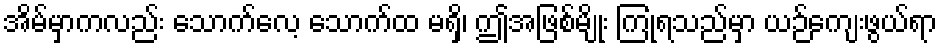
အိမ်မှာကလည်း သောက်လေ့ သောက်ထ မရှိ၊ ဤအဖြစ်မျိုး ကြုံရသည်မှာ ယဉ်ကျေးဖွယ်ရာ